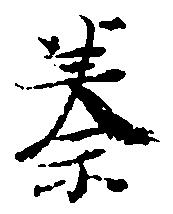
秦